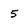
Character: 5